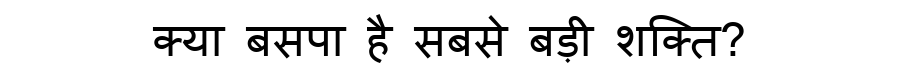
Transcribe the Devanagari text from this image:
क्या बसपा है सबसे बड़ी शक्ति?